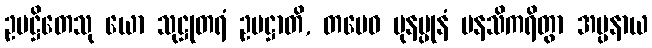
ဥပဋ္ဌိတေသု ယော သုဋ္ဌုတရံ ဥပဋ္ဌာတိ, တမေဝ ပုနပ္ပုနံ မနသိကရိတွာ အပ္ပနာယ